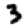
Digit: 3